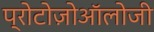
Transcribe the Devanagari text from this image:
प्रोटोज़ोऑलोजी